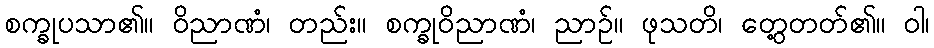
စက္ခုပသာ၏။ ဝိညာဏံ၊ တည်း။ စက္ခုဝိညာဏံ၊ ညာဉ်။ ဖုသတိ၊ တွေ့တတ်၏။ ဝါ၊